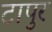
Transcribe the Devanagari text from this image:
टापुर